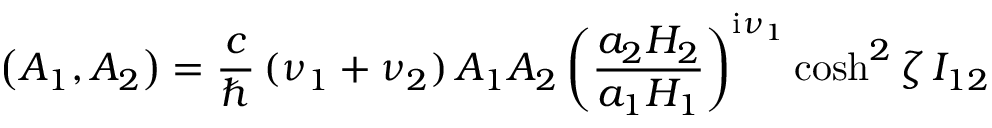
\left( A _ { 1 } , A _ { 2 } \right) = \frac { c } { \hbar } \, ( \nu _ { 1 } + \nu _ { 2 } ) \, { \cal A } _ { 1 } { \cal A } _ { 2 } \left( \frac { a _ { 2 } H _ { 2 } } { a _ { 1 } H _ { 1 } } \right) ^ { \mathrm { i } \nu _ { 1 } } \cosh ^ { 2 } \zeta \, I _ { 1 2 }